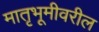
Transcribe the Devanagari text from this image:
मातृभूमीवरील